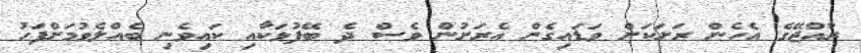
ރާއްޖޭގެ އެހެން ރަށަކަށް ވަޑައިގެން އެރަށުން ވެސް ދެ ބޭފުޅަކާއި ކައިވެނި ބެއްލެވުމަށްފަހު